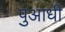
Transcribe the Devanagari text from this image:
पुआधी